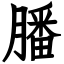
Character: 膰